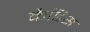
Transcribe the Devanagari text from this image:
कैडिस